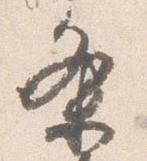
条